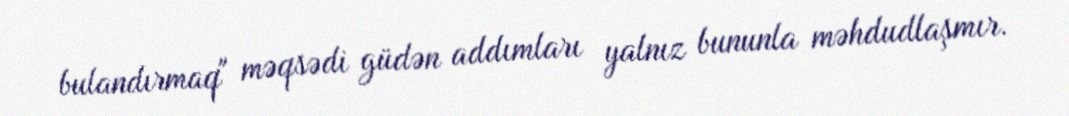
bulandırmaq" məqsədi güdən addımları yalnız bununla məhdudlaşmır.